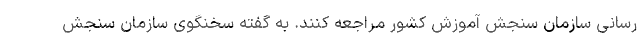
رسانی سازمان سنجش آموزش کشور مراجعه کنند. به گفته سخنگوی سازمان سنجش